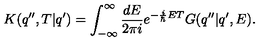
K ( q ^ { \prime \prime } , T | q ^ { \prime } ) = \int _ { - \infty } ^ { \infty } \frac { d E } { 2 \pi i } e ^ { - \frac { i } { \hbar } E T } G ( q ^ { \prime \prime } | q ^ { \prime } , E ) .